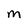
Character: M